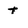
Character: t